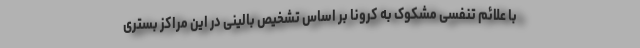
با علائم تنفسی مشکوک به کرونا بر اساس تشخیص بالینی در این مراکز بستری